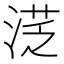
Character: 㴀